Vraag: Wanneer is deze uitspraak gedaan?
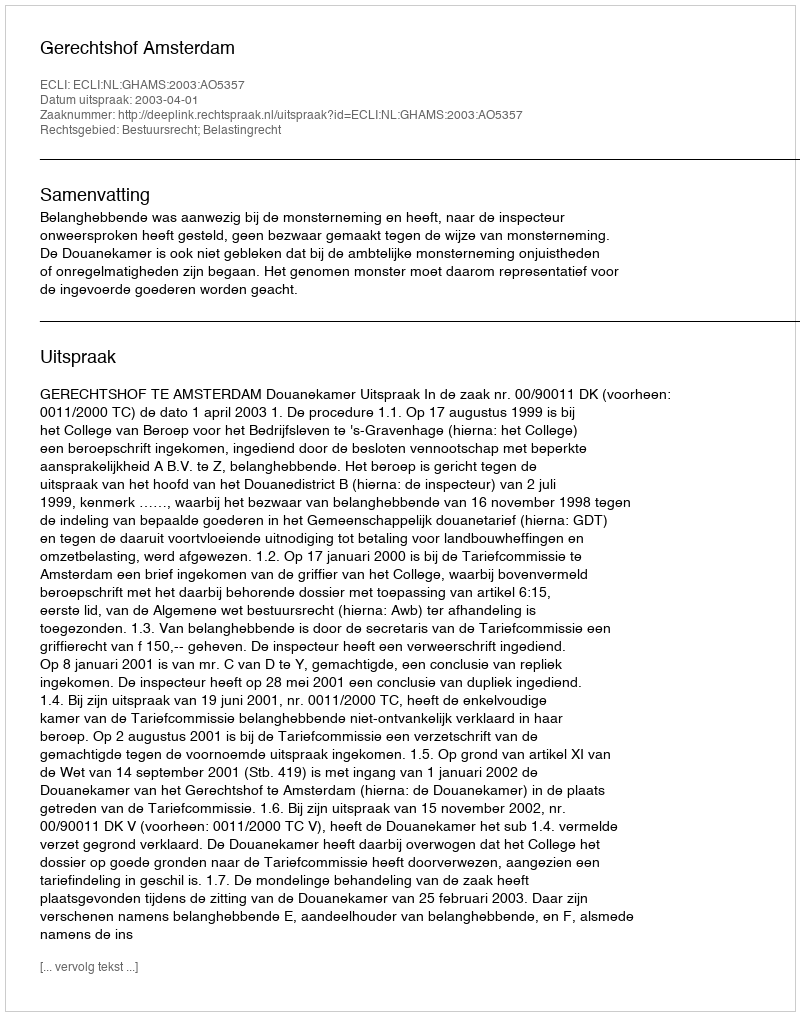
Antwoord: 2003-04-01